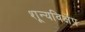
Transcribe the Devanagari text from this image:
शून्यविक्षेप